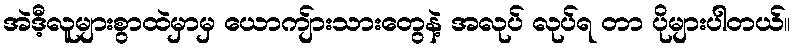
အဲဒီ့လူများစွာထဲမှာမှ ယောကျ်ားသားတွေနဲ့ အလုပ် လုပ်ရ တာ ပိုများပါတယ်။